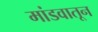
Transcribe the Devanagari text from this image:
मांडवातून